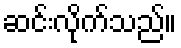
ဆင်းလိုက်သည်။